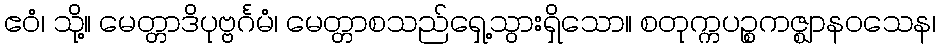
ဧဝံ၊ သို့။ မေတ္တာဒိပုဗ္ဗင်္ဂမံ၊ မေတ္တာစသည်ရှေ့သွားရှိသော။ စတုက္ကပဉ္စကဇ္ဈာနဝသေန၊